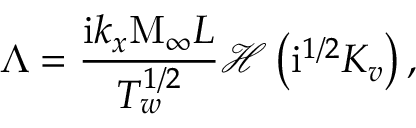
\Lambda = \frac { \mathrm { i } k _ { x } \mathrm { M } _ { \infty } L } { T _ { w } ^ { 1 / 2 } } \mathcal { H } \left( \mathrm { i } ^ { 1 / 2 } K _ { v } \right) ,